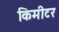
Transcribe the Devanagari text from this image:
किमीटर